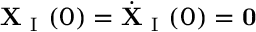
\mathbf { X } _ { \mathrm { ~ I ~ } } ( 0 ) = \dot { \mathbf { X } } _ { \mathrm { ~ I ~ } } ( 0 ) = \mathbf { 0 }